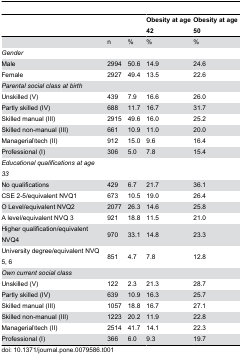
|  |  |  | Obesity at age 42 | Obesity at age 50 |
 | --- | --- | --- | --- | --- |
 |  | n | % | % | % |
 | Gender |  |  |  |  |
 | Male | 2994 | 50.6 | 14.9 | 24.6 |
 | Female | 2927 | 49.4 | 13.5 | 22.6 |
 | Parental social class at birth |  |  |  |  |
 | Unskilled (V) | 439 | 7.9 | 16.6 | 26.0 |
 | Partly skilled (IV) | 688 | 11.7 | 16.7 | 31.7 |
 | Skilled manual (III) | 2915 | 49.6 | 16.0 | 25.2 |
 | Skilled non-manual (III) | 661 | 10.9 | 11.0 | 20.0 |
 | Managerial\tech (II) | 912 | 15.0 | 9.6 | 16.4 |
 | Professional (I) | 306 | 5.0 | 7.8 | 15.4 |
 | Educational qualifications at age 33 |  |  |  |  |
 | No qualifications | 429 | 6.7 | 21.7 | 36.1 |
 | CSE 2-5/equivalent NVQ1 | 673 | 10.5 | 19.0 | 26.4 |
 | O Level/equivalent NVQ2 | 2077 | 26.3 | 14.6 | 25.8 |
 | A level/equivalent NVQ 3 | 921 | 18.8 | 11.5 | 21.0 |
 | Higher qualification/equivalent NVQ4 | 970 | 33.1 | 14.8 | 23.3 |
 | University degree/equivalent NVQ 5, 6 | 851 | 4.7 | 7.8 | 12.8 |
 | Own current social class |  |  |  |  |
 | Unskilled (V) | 122 | 2.3 | 21.3 | 28.7 |
 | Partly skilled (IV) | 639 | 10.9 | 16.3 | 25.7 |
 | Skilled manual (III) | 1057 | 18.8 | 16.7 | 27.1 |
 | Skilled non-manual (III) | 1223 | 20.2 | 11.9 | 22.8 |
 | Managerial\tech (II) | 2514 | 41.7 | 14.1 | 22.3 |
 | Professional (I) | 366 | 6.0 | 9.3 | 19.7 |